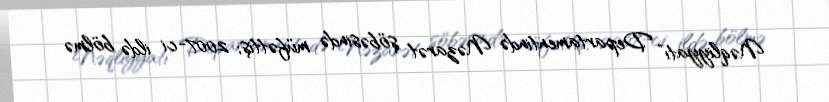
Nəqliyyatı" Departamentində Nəzarət şöbəsində müfəttiş; 2007-ci ildə bölmə